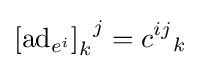
{\left[\operatorname {ad} _{e^{i}}\right]_{k}}^{j}={c^{ij}}_{k}~